Sanitation, dispensaries and jails vaccination Rajputana 1922-1927 - 1922-1927
Year: 1922
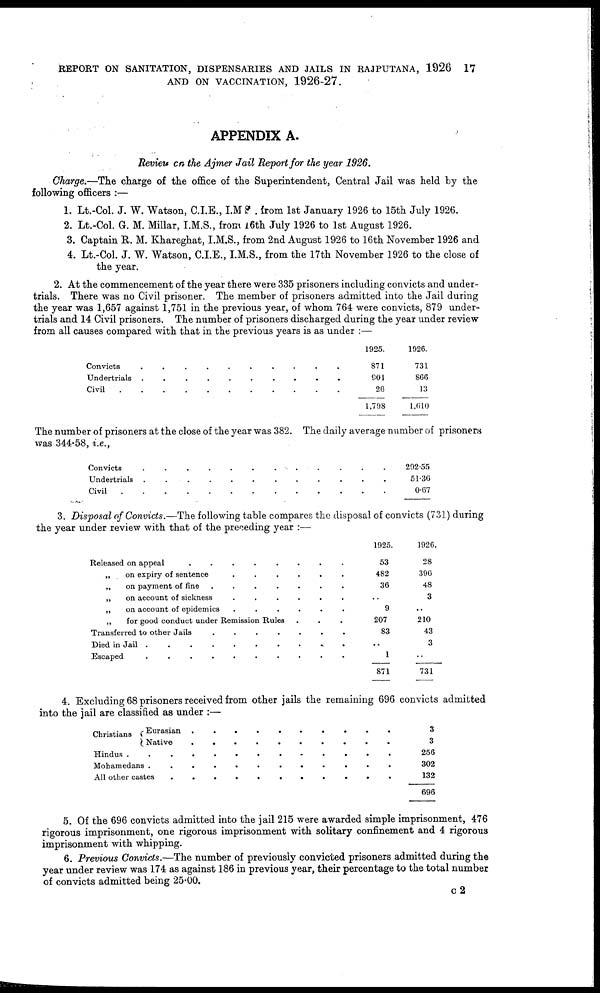
REPORT ON SANITATION, DISPENSARIES AND JAILS IN RAJPUTANA, 1926 17
AND ON VACCINATION, 1926-27.
APPENDIX A.
Review on the Ajmer Jail Report for the year 1926.
Charge.—The charge of the office of the Superintendent, Central Jail was held by the
following officers :—
1. Lt.-Col. J. W. Watson, C.I.E., I.M.S. from 1st January 1926 to 15th July 1926.
2. Lt.-Col. G. M. Millar, I.M.S., from 16th July 1926 to 1st August 1926.
3. Captain R. M. Khareghat, I.M.S., from 2nd August 1926 to 16th November 1926 and
4. Lt.-Col. J. W. Watson, C.L.E., I.M.S., from the 17th November 1926 to the close of
the year.
2. At the commencement of the year there were 335 prisoners including convicts and under-
trials. There was no Civil prisoner. The member of prisoners admitted into the Jail during
the year was 1,657 against 1,751 in the previous year, of whom 764 were convicts, 879 under-
trials and 14 Civil prisoners. The number of prisoners discharged during the year under review
from all causes compared with that in the previous years is as under :—
Convicts . . . . . .
Undertrials . . . . .
Civil
.
.
..
.
..
1925.
871
901
26
1,798
1926.
731
866
13
1,610
The number of prisoners at the close of the year was 382. The daily average number of prisoners
was 344.58, i.e.,
Convicts . . . . . .
Undertrials . . . . .
Civil . . .. . ..
292.55
51.36
0.67
3. Disposal of Convicts.—The following table compares the disposal of convicts (731) during
the year under review with that of the preceding year :—
Released on appeal . . . . . .
„ on expiry of sentence . . . . . .
„ on payment of fine . . . .
„ on account sickness . . . .
„ on account epidemics . . . . . . .
„
for good conduct under Remission Rules . . . .
Transferred to other Jails . . . . . . .
Died in Jail
.
.
.
.
.
.
Escaped . . . . .
1925.
53
482
36
..
9
207
83
..
1
871
1926.
28
396
48
3
..
210
43
3
..
731
4. Excluding 68 prisoners received from other jails the remaining 696 convicts admitted
into the jail are classified as under :—
Christians Eurasian . . . . . .
Native . . . . . .
Hindus . . . . . . .
Mohamedans . . . .
All other castes . . . .
3
3
256
302
132
696
5. Of the 696 convicts admitted into the jail 215 were awarded simple imprisonment, 476
rigorous imprisonment, one rigorous imprisonment with solitary confinement and 4 rigorous
imprisonment with whipping.
6. Previous Convicts.—The number of previously convicted prisoners admitted during the
year under review was 174 as against 186 in previous year, their percentage to the total number
of convicts admitted being 25.00.
C2